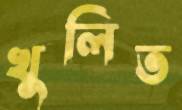
খুলিত